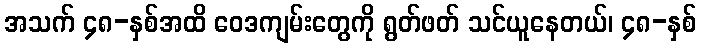
အသက် ၄၈-နှစ်အထိ ဝေဒကျမ်းတွေကို ရွတ်ဖတ် သင်ယူနေတယ်၊ ၄၈-နှစ်